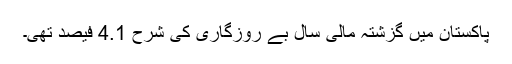
پاکستان میں گزشتہ مالی سال بے روزگاری کی شرح 4.1 فیصد تھی۔